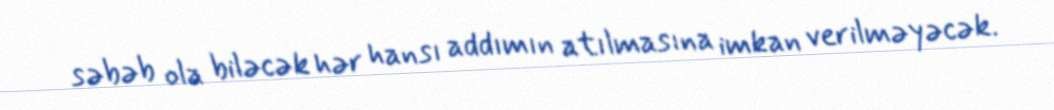
səbəb ola biləcək hər hansı addımın atılmasına imkan verilməyəcək.